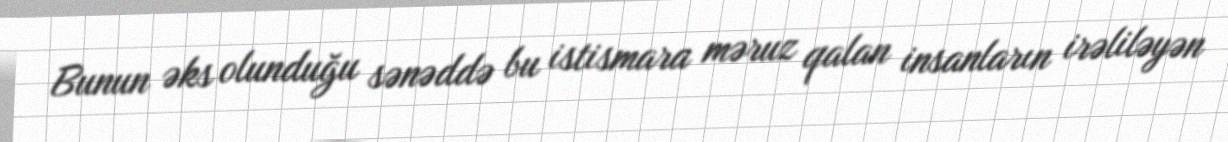
Bunun əks olunduğu sənəddə bu istismara məruz qalan insanların irəliləyən